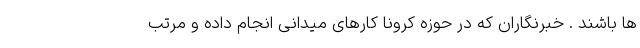
ها باشند . خبرنگاران که در حوزه کرونا کارهای میدانی انجام داده و مرتب